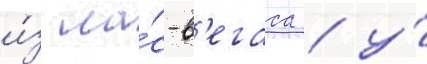
и́з ла́с-в'егаса / у́